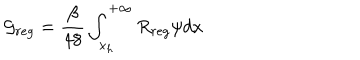
{ \cal G } _ { r e g } = { \frac { \beta } { 4 8 } } \int _ { x _ { h } } ^ { + \infty } R _ { r e g } \psi d x